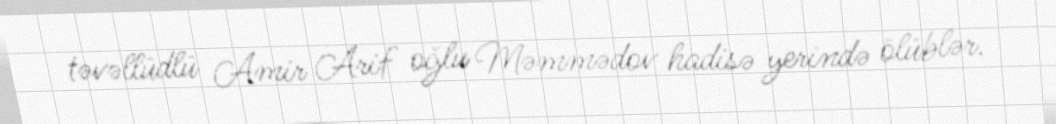
təvəllüdlü Amir Arif oğlu Məmmədov hadisə yerində ölüblər.